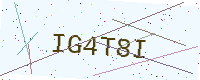
Text: IG4T8I